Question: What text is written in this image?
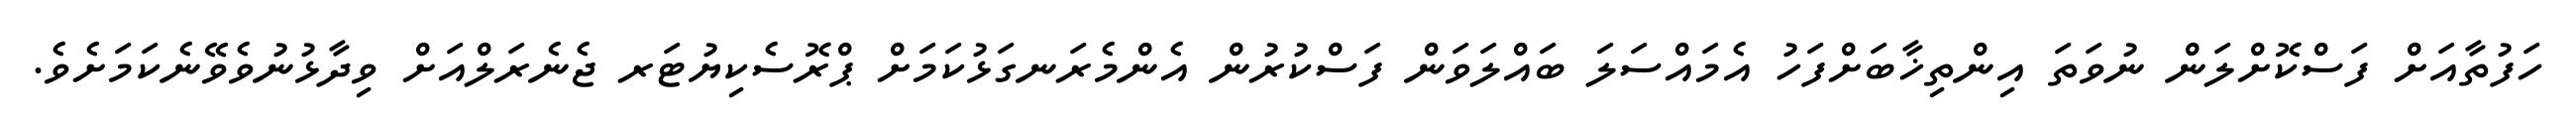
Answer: ހަފުތާއަށް ފަސްކޮށްލަން ނުވަތަ އިންތިޚާބަށްފަހު އެމައްސަލަ ބައްލަވަން ފަސްކުރުން އެންމެރަނގަޅުކަމަށް ޕްރޮސެކިޔުޓަރ ޖެނެރަލްއަށް ވިދާޅުނުވެވޭނެކަމަށެވެ.